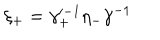
\xi _ { + } = \gamma _ { + } ^ { \prime - 1 } \eta _ { - } \gamma ^ { - 1 }